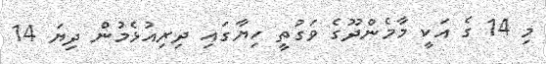
މި 14 ގެ އަކީ މާމެންދޫގެ ވަގުތީ ހިޔާގައި ދިރިއުޅެމުން ދިޔަ 14